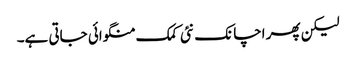
لیکن پھر اچانک نئی کمک منگوائی جاتی ہے۔